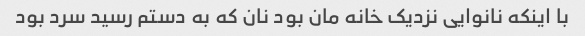
با اینکه نانوایی نزدیک خانه مان بود نان که به دستم رسید سرد بود